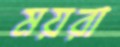
ময়রা